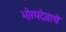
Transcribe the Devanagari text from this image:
भोरमदेवाचे